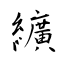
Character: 纊